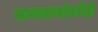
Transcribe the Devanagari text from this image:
जन्मजन्मांतरीही